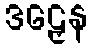
ဒဠှေန